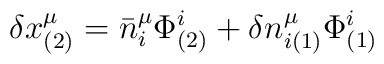
\delta x^\mu_{(2)}=\bar{n}^\mu_{i}\Phi^{i}_{(2)}+\delta n^{\mu}_{i(1)}\Phi^{i}_{(1)}